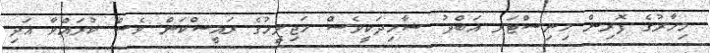
މިހާރުގެ ފޮރިން މިނިސްޓަރ އަބްދު ޝާހިދަކީވެސް މަޖިލީހުގެ ރައީސްކަން ވެސް ކުރައްވާ އަދި